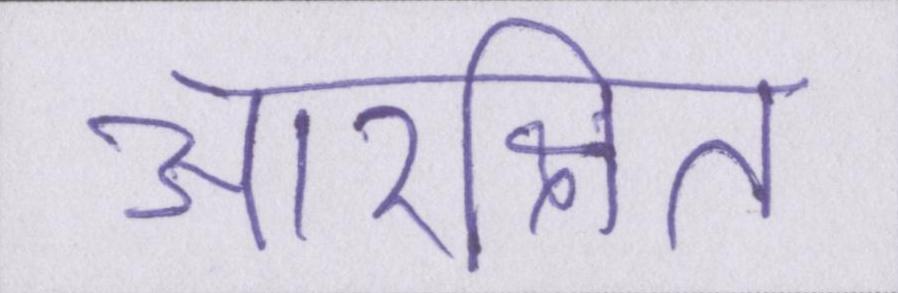
आरक्षित